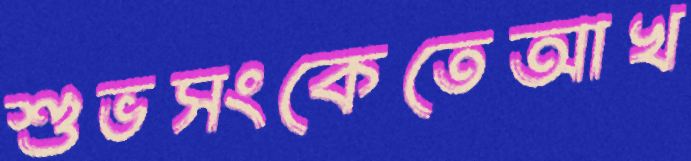
শুভসংকেতেআখ